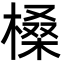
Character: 槡